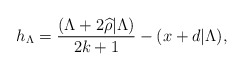
\begin{align*}h_{\Lambda}=\dfrac{(\Lambda+2\widehat{\rho}|\Lambda)}{2k+1}-(x+d| \Lambda),\end{align*}